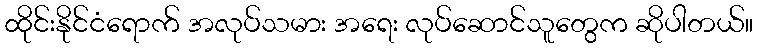
ထိုင်းနိုင်ငံရောက် အလုပ်သမား အရေး လုပ်ဆောင်သူတွေက ဆိုပါတယ်။